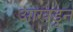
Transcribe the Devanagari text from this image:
आखडून